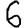
Digit: 6